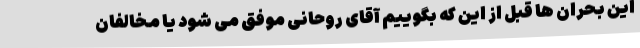
این بحران ها قبل از این که بگوییم آقای روحانی موفق می شود یا مخالفان